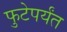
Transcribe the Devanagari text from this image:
फुटेपर्यंत